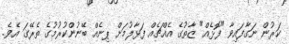
ކަރުން ނަގާފައިވާ "ފޮޅެއް" ޒާތުގެ އެއްޗެއް ފަޅާލުމަށް ޕިނެއް ބޭނުންކުރުމުގެ ތެރޭގަ އެވެ.